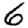
Digit: 6